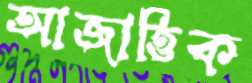
আজাত্তিক